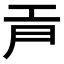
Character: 𢀞